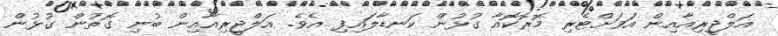
އަލްޖީރިއާއިން އަވަށްޓެރި މޮރޮކޮއާ ގުޅުން ކަނޑާލައިފި އެވެ. އަލްޖީރިއާއިން ބުނި ގޮތުން ގުޅުން